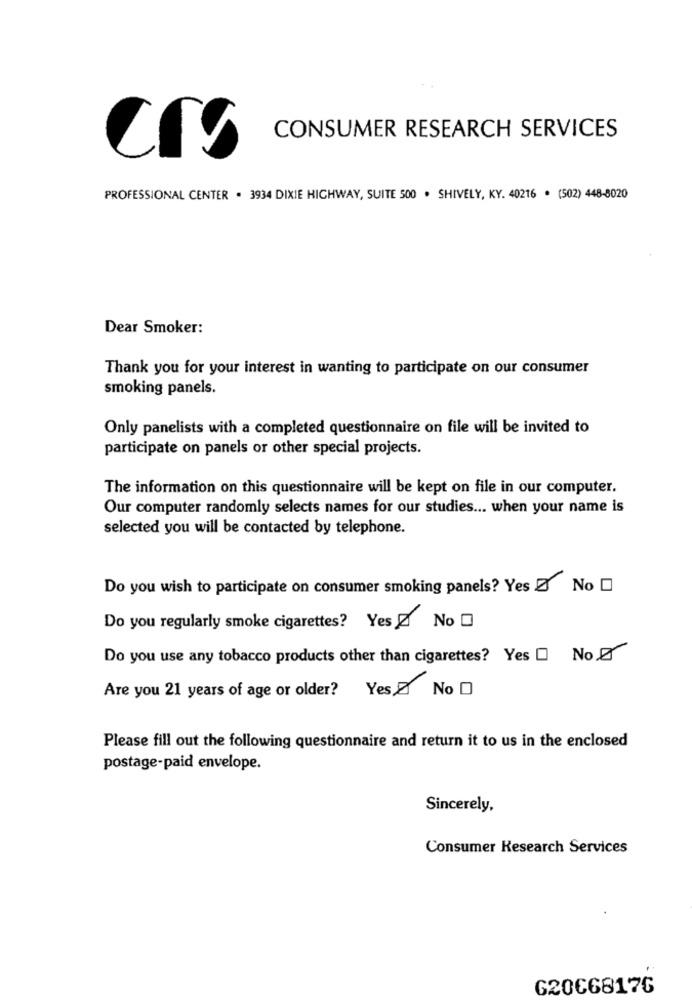
CONSUMER RESEARCH SERVICES
PROFESSIONAL CENTER . 3934 DIXIE HIGHWAY, SUITE 500 . SHIVELY, KY. 40216 . (502) 448-8020
Dear Smoker:
Thank you for your interest in wanting to participate on our consumer
smoking panels.
Only panelists with a completed questionnaire on file will be invited to
participate on panels or other special projects.
The information on this questionnaire will be kept on file in our computer.
Our computer randomly selects names for our studies ... when your name is
selected you will be contacted by telephone.
Do you wish to participate on consumer smoking panels? Yes D No
Do you regularly smoke cigarettes? Yes Z No
Do you use any tobacco products other than cigarettes? Yes O No
Are you 21 years of age or older? Yes, No O
Please fill out the following questionnaire and return it to us in the enclosed
postage-paid envelope.
Sincerely,
Consumer Research Services
G2066817G